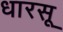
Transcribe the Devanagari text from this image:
धारसू